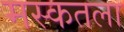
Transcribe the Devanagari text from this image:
मस्कतला